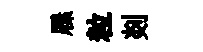
屧粒剡